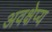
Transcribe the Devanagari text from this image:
अवक्षेप्य